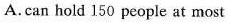
A.can hold 150 people at most